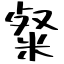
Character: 粲